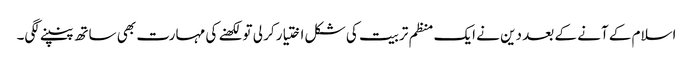
اسلام کے آنے کے بعد دین نے ایک منظم تربیت کی شکل اختیار کر لی تو لکھنے کی مہارت بھی ساتھ پنپنے لگی۔